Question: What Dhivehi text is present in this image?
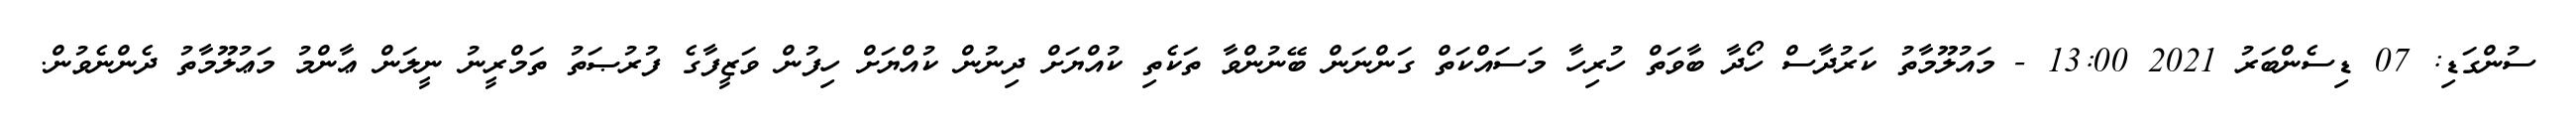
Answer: ސުންގަޑި: 07 ޑިސެންބަރު 2021 13:00 - މައުލޫމާތު ކަރުދާސް ހޯދާ ބާވަތް ހުރިހާ މަސައްކަތް ގަންނަން ބޭނުންވާ ތަކެތި ކުއްޔަށް ދިނުން ކުއްޔަށް ހިފުން ވަޒީފާގެ ފުރުޞަތު ތަމްރީނު ނީލަން ޢާންމު މަޢުލޫމާތު ދެންނެވުން.